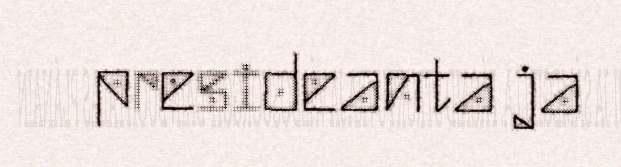
presideanta ja